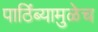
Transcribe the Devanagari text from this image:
पाठिंब्यामुळेच